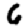
Digit: 6